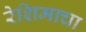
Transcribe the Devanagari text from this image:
रेशिमाचा